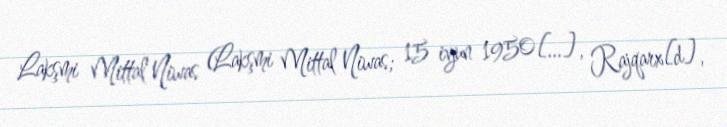
Lakşmi Mittal Niwas (Lakşmi Mittal Niwas; 15 iyun 1950[…], Rajqarx[d],